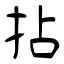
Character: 拈